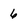
Character: 6